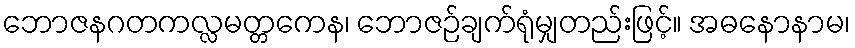
ဘောဇနဂတကလ္လမတ္တကေန၊ ဘောဇဉ်ချက်ရုံမျှတည်းဖြင့်။ အဓနောနာမ၊